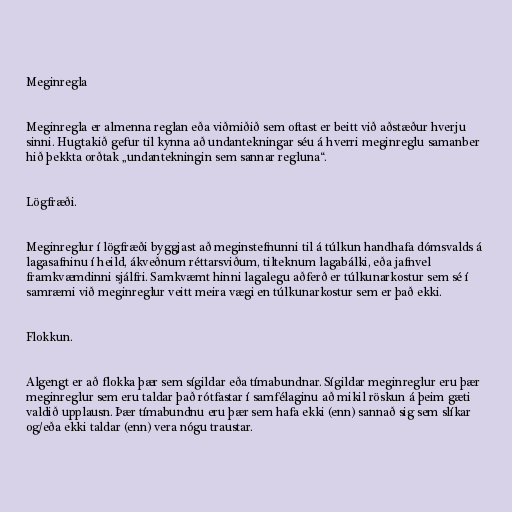
Meginregla

Meginregla er almenna reglan eða viðmiðið sem oftast er beitt við aðstæður hverju
sinni. Hugtakið gefur til kynna að undantekningar séu á hverri meginreglu samanber
hið þekkta orðtak „undantekningin sem sannar regluna“.

Lögfræði.

Meginreglur í lögfræði byggjast að meginstefnunni til á túlkun handhafa dómsvalds á
lagasafninu í heild, ákveðnum réttarsviðum, tilteknum lagabálki, eða jafnvel
framkvæmdinni sjálfri. Samkvæmt hinni lagalegu aðferð er túlkunarkostur sem sé í
samræmi við meginreglur veitt meira vægi en túlkunarkostur sem er það ekki.

Flokkun.

Algengt er að flokka þær sem sígildar eða tímabundnar. Sígildar meginreglur eru þær
meginreglur sem eru taldar það rótfastar í samfélaginu að mikil röskun á þeim gæti
valdið upplausn. Þær tímabundnu eru þær sem hafa ekki (enn) sannað sig sem slíkar
og/eða ekki taldar (enn) vera nógu traustar.